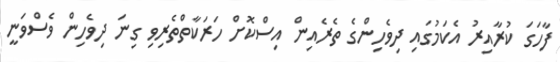
ފާހަގަ ކުރާއިރު އެކަމުގައި ދިވެހިންގެ ތެރެއިން އިސްކޮށް ހަރަކާތްތެރިވި ގިނަ ދިވެހިން ވެސްވަނީ